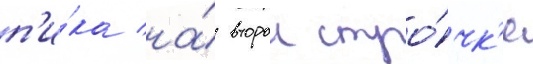
п'и́ка на́ второи стро́чк'е